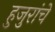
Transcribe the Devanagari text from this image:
हुजुरांचे